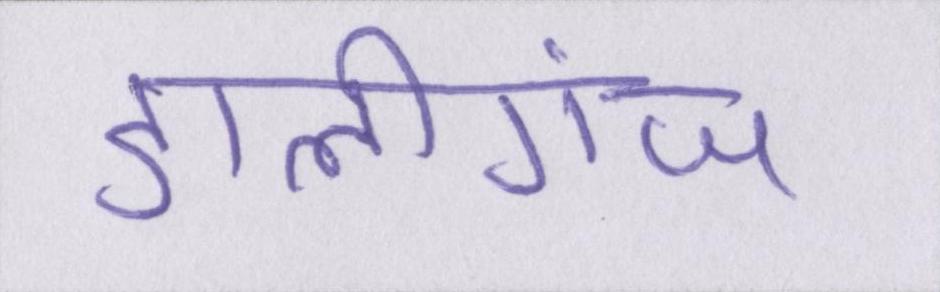
डालीगंज